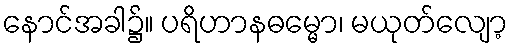
နောင်အခါ၌။ ပရိဟာနဓမ္မော၊ မယုတ်လျော့